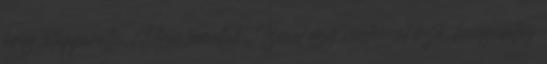
öreg letapperolta. Úgy tanultuk, Izrael egy végtelenül laza, hangulatos